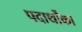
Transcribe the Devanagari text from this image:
पदार्थोंका